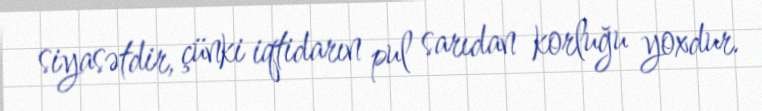
siyasətdir, çünki iqtidarın pul sarıdan korluğu yoxdur.